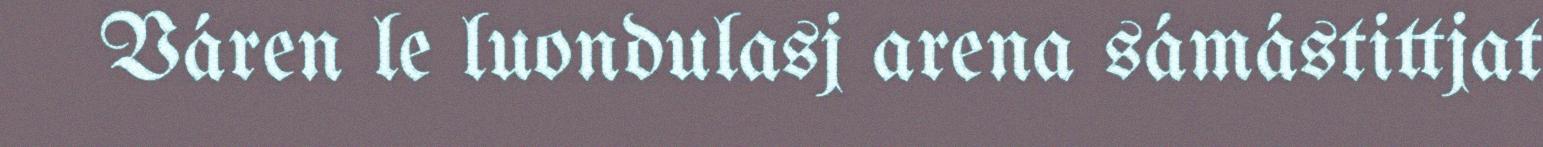
Váren le luondulasj arena sámástittjat